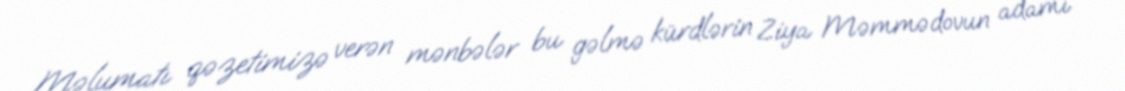
Məlumatı qəzetimizə verən mənbələr bu gəlmə kürdlərin Ziya Məmmədovun adamı